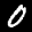
Label: 0